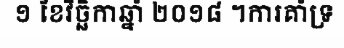
១ ខែវិច្ឆិកាឆ្នាំ ២០១៨ ។ការគាំទ្រ